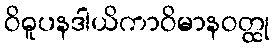
ဝိဓူပနဒါယိကာဝိမာနဝတ္ထု